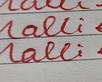
Signature authenticity: forged